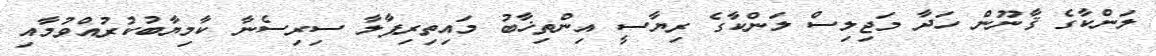
ލަންކާގެ ޤާނޫން ހަދާ މަޖިލިސް ލަންކާގެ ރިޔާސީ އިންތިޚާބު މައިތިރިޕާލާ ސިރިސެނާ ކާމިޔާބުކުރުއްވުމާއި